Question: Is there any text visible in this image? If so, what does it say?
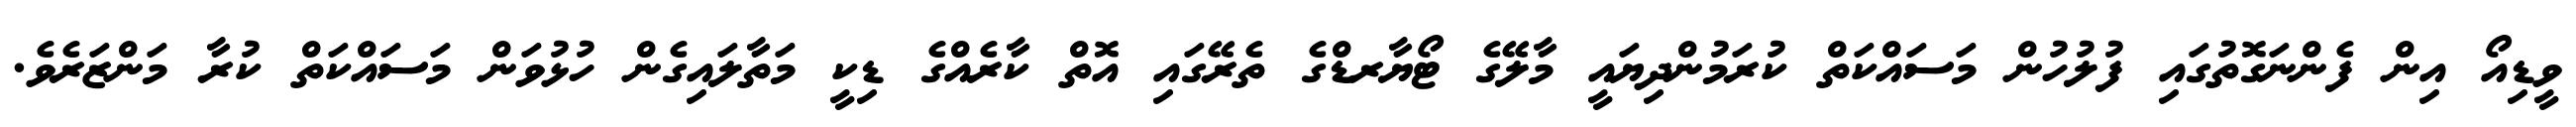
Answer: ވީޑިއޯ އިން ފެންނަގޮތުގައި ފުލުހުން މަސައްކަތް ކުރަމުންދިޔައީ މާލޭގެ ޓޯޔާރޑްގެ ތެރޭގައި އޮތް ކާރެއްގެ ޑިކީ މަތާލައިގެން ހުޅުވަން މަސައްކަތް ކުރާ މަންޒަރެވެ.